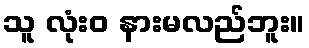
သူ လုံးဝ နားမလည်ဘူး။